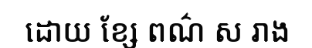
ដោយ ខ្សែ ពណ៌ ស រាង